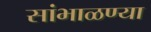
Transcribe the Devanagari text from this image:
सांभाळण्या